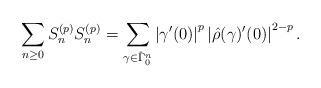
LaTeX: \begin{align*} \sum_{n\geq 0} S_n^{(p)}S_n^{(p)}=\sum_{\gamma\in\hat{\Gamma}_0^n} \left|\gamma'(0)\right|^p\left|\hat{\rho}(\gamma)'(0)\right|^{2-p}. \end{align*}